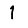
Digit: 1